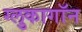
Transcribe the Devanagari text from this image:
ग्लुकागॉन